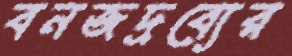
বনজদ্রব্যের